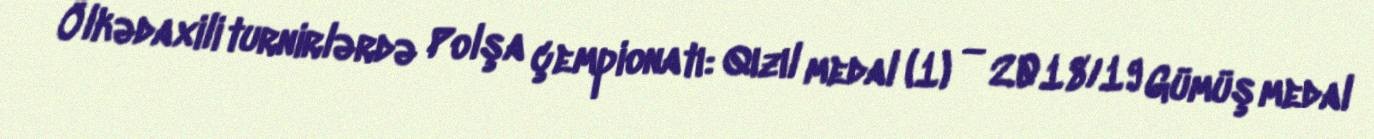
Ölkədaxili turnirlərdə Polşa çempionatı: Qızıl medal (1) — 2018/19 Gümüş medal